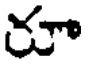
రూ